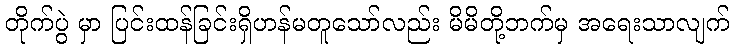
တိုက်ပွဲ မှာ ပြင်းထန်ခြင်းရှိဟန်မတူသော်လည်း မိမိတို့ဘက်မှ အရေးသာလျက်